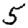
Digit: 5